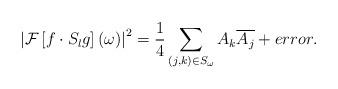
LaTeX: \begin{align*}\left|\mathcal{F}\left[f\cdot S_{l}g\right]\left(\omega\right)\right|^{2}=\frac{1}{4}\sum_{(j,k)\in S_{\omega}}A_{k}\overline{A_{j}}+error.\end{align*}